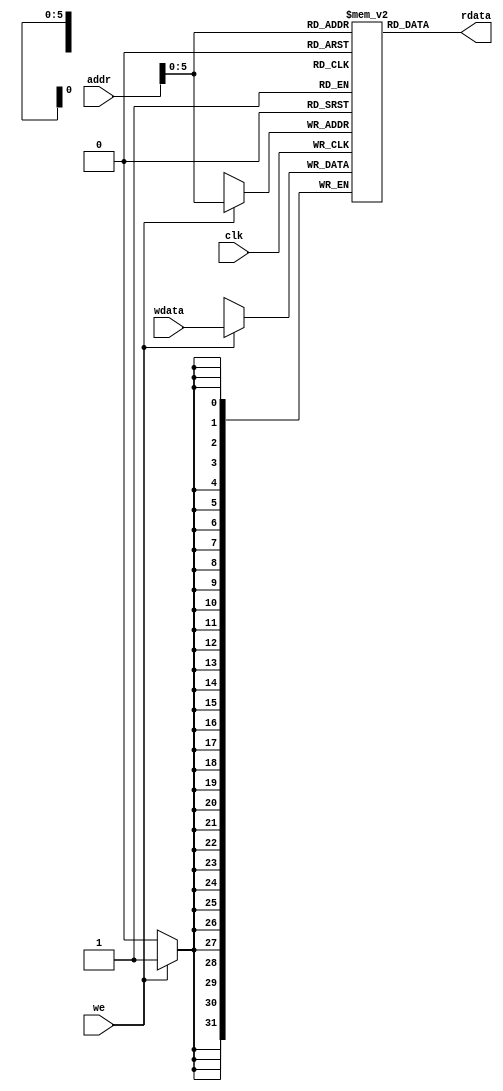
module dmem (
	input         clk  ,
	input         we   ,
	input  [31:0] addr ,
	input  [31:0] wdata,
	output [31:0] rdata
);

	reg [31:0] rdata;

	reg [31:0] memdata[63:0];

	always @(memdata[addr]) begin
		rdata = memdata[addr];
	end

	always @(posedge clk) begin
		if(1'b1 == we) begin
			memdata[addr] = wdata;
		end
	end

endmodule